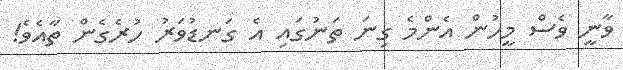
ވާނީ ވެސް މީހުން އެންމެ ގިނަ ތަނުގައި އެ ގަނޑުވަރު ހުރެގެން ތާއެވެ!